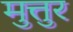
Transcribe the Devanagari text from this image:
मुत्तुर